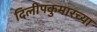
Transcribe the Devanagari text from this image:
दिलीपकुमारच्या